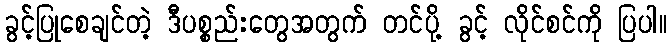
ခွင့်ပြုစေချင်တဲ့ ဒီပစ္စည်းတွေအတွက် တင်ပို့ ခွင့် လိုင်စင်ကို ပြပါ။